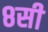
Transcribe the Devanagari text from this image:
८सी